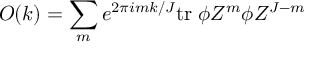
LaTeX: { \cal O } ( k ) = \sum _ { m } e ^ { 2 \pi i m k / J } \mathrm { t r } \; \phi Z ^ { m } \phi Z ^ { J - m }